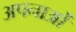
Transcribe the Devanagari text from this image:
अपनाओं